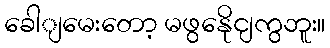
ခေါျမေးတော့ မဖွနေိုငျကွဘူး။